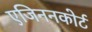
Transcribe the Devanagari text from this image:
एजिननकोर्ट